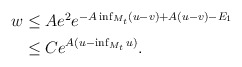
\begin{align*}\begin{aligned}w &\leq A e^2 e^{- A \inf_{M_t} (u - v) + A(u - v) - E_1} \\&\leq C e^{A(u - \inf_{M_t} u)} .\end{aligned}\end{align*}